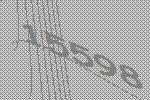
15598